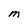
Character: M